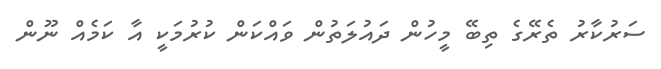
ސަރުކާރު ތެރޭގެ ތިބޭ މީހުން ދައުލަތުން ވައްކަން ކުރުމަކީ އާ ކަމެއް ނޫން